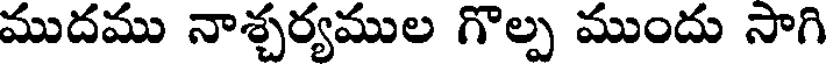
ముదము నాశ్చర్యముల గొల్ప ముందు సాగి